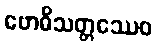
ဗောဓိသတ္တဿေဝ